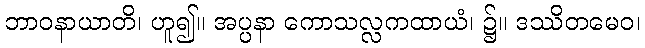
ဘာဝနာယာတိ၊ ဟူ၍။ အပ္ပနာ ကောသလ္လကထာယံ၊ ၌။ ဒဿိတမေဝ၊